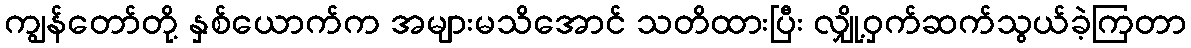
ကျွန်တော်တို့ နှစ်ယောက်က အများမသိအောင် သတိထားပြီး လျှို့ဝှက်ဆက်သွယ်ခဲ့ကြတာ